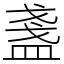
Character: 盞